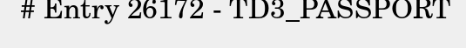
# Entry 26172 - TD3_PASSPORT